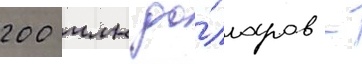
200 млн до́лларов -